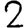
Digit: 2